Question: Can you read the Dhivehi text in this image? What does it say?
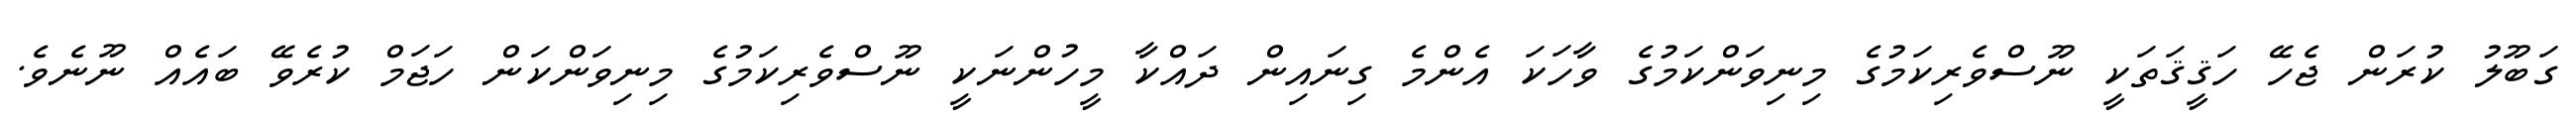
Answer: ގަބޫލު ކުރަން ޖެހޭ ހަޤީޤަތަކީ ނޫސްވެރިކަމުގެ މިނިވަންކަމުގެ ވާހަކަ އެންމެ ގިނައިން ދައްކާ މީހުންނަކީ ނޫސްވެރިކަމުގެ މިނިވަންކަން ހަޖަމް ކުރެވޭ ބައެއް ނޫނެވެ.